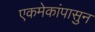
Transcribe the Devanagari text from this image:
एकमेकांपासुन